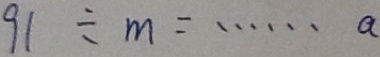
9 1 \div m = \cdots a